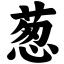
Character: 葱